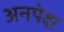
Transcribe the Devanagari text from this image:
अनपेक्ष